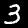
Label: 3